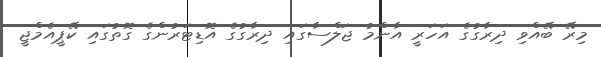
މިރޭ ބޭއްވި ދިރާގުގެ އަހަރީ އާންމު ޖަލްސާގައި ދިރާގުގެ އޮޑިޓަރުންގެ ގޮތުގައި ކޭޕީއެމްޖީ